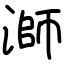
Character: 溮